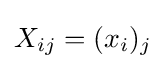
X_{ij}=(x_{i})_{j}